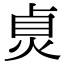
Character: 𤈱